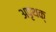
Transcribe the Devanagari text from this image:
अपृथक्